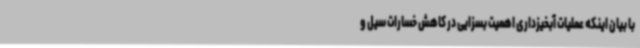
با بیان اینکه عملیات آبخیزداری اهمیت بسزایی در کاهش خسارات سیل و